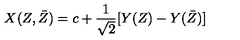
X ( Z , \bar { Z } ) = c + \frac { 1 } { \sqrt { 2 } } [ Y ( Z ) - Y ( \bar { Z } ) ]